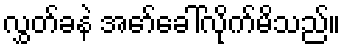
လွှတ်ခနဲ အော်ခေါ်လိုက်မိသည်။